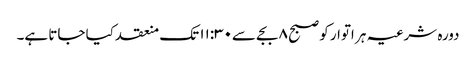
دورہ شرعیہ ہر اتوار کو صبح ۸ بجے سے۱۱:۳۰ تک منعقد کیا جاتا ہے۔